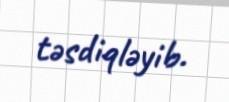
təsdiqləyib.